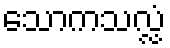
သောကသလ္လံ